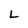
Character: L